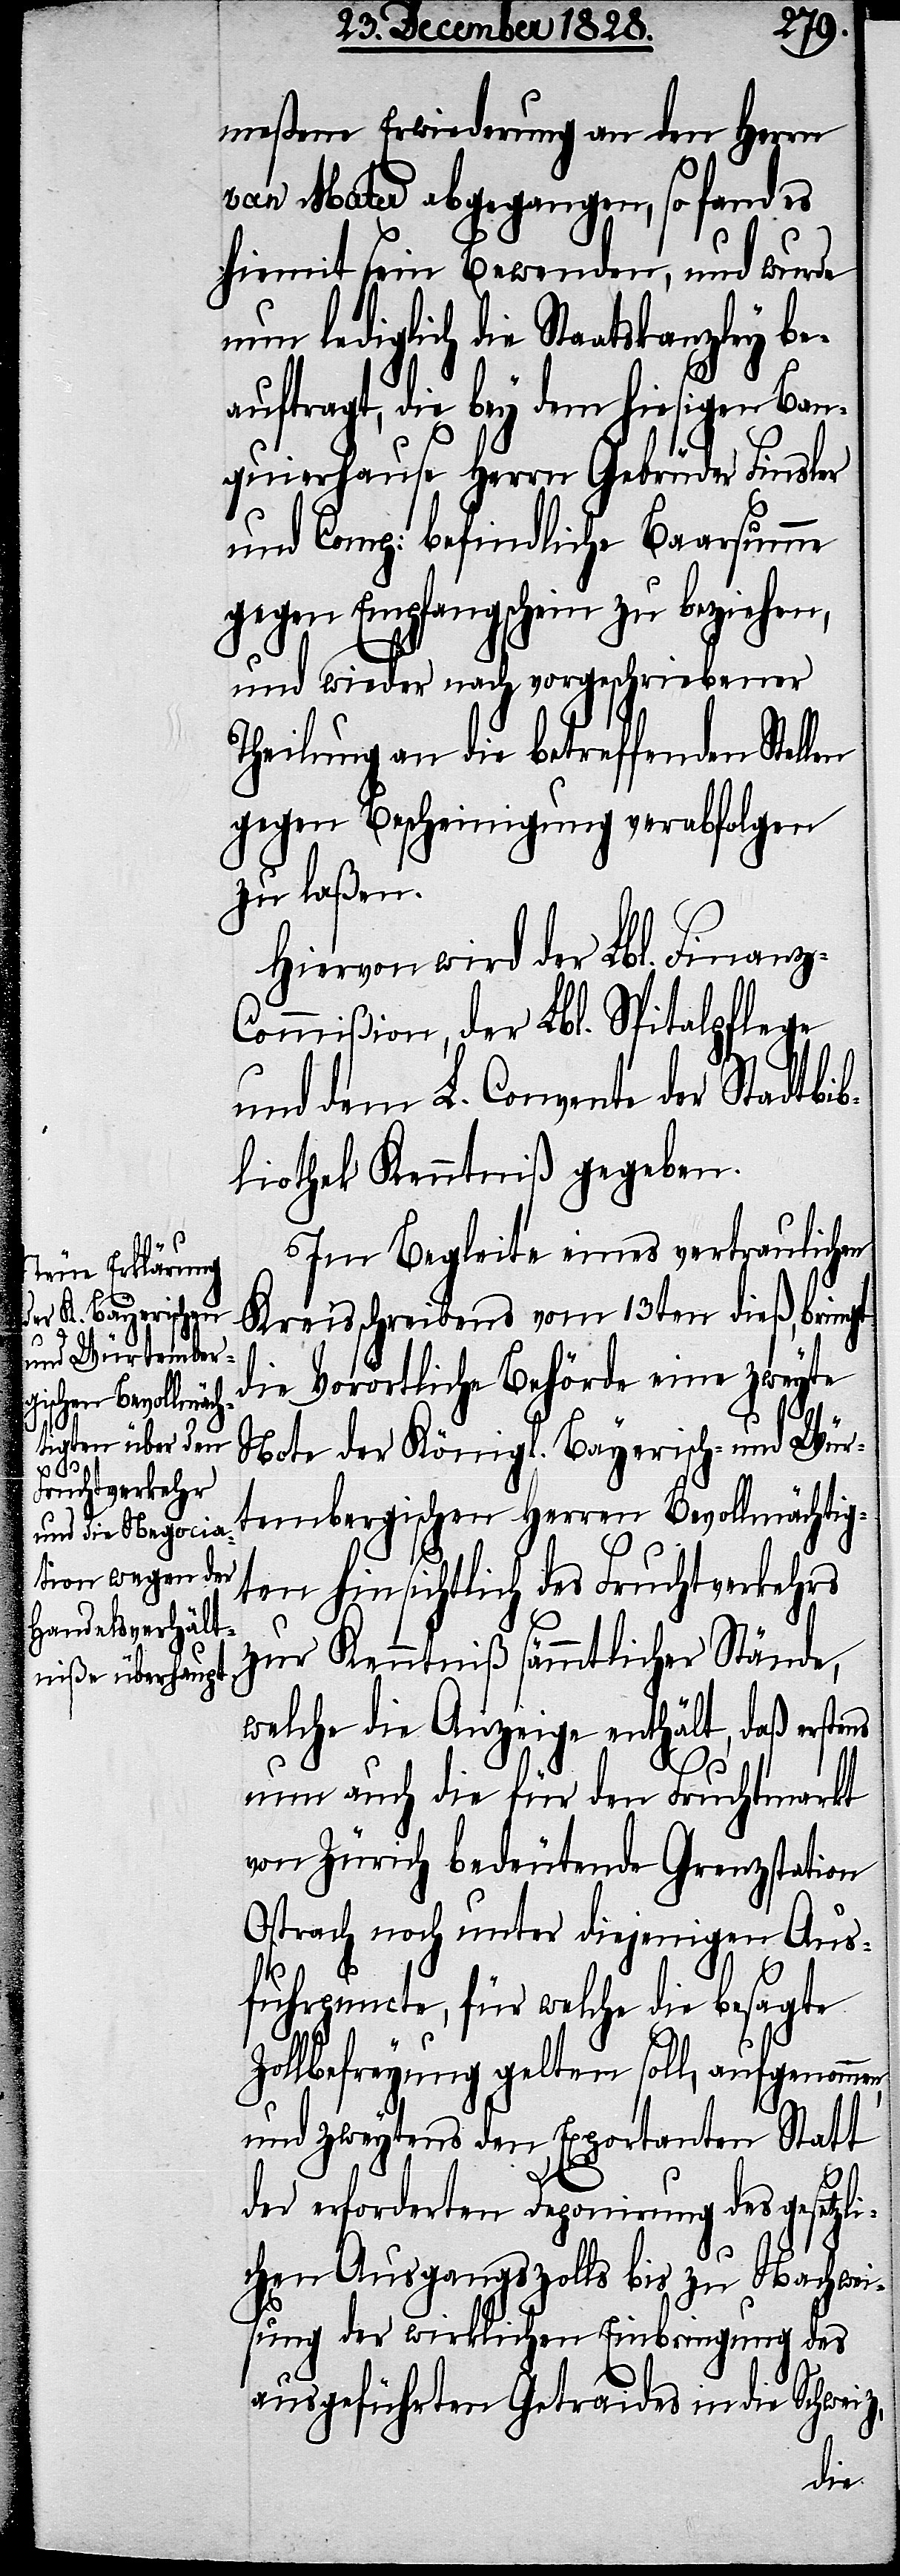
fuhrpuncte gelten

meßene Erwiederung an den Herrn
van Mater abgegangen, so fand es
hiemit sein Bewenden, und wurde
nun lediglich die Staatskanzley be¬
auftragt, die bey dem hiesigen Ban¬
quirhause Herrn Gebrüder Finsler
und Comp: befindliche Baarsumme
gegen Empfangschein zu beziehen,
und wieder nach vorgeschriebener
Theilung an die betreffenden Stel¬
gegen Bescheinigung verabfolgen
zu laßen.
Hiervon wird der Lbl. Finanz-C¬
ommißion, der Lbl. Spitalpflege
und dem L. Convente der Stadtbib¬
liothek Kenntniß gegeben.
Im Begleite eines vertraulichen
Kreisschreibens vom 13ten dieß, bringt
die Vorörtliche Behröde eine zweyte
Note der Königl. Bayerisch und Wür¬
tembergischen Herren Bevollmächtig¬
ten hinsichtlich des Fruchtverkehrs
zur Kenntniß sämmtlicher Stände,
welche die Anzeige enthält, daß erstens
nun auch die für den Fruchtmarkt
von Zürich bedeutende Grenzstation
Ostrach noch unter diejenigen Aus¬
z,
und zweytens den Exportanten Statt
len
der erforderten Deponierung des gesetzli¬
chen Ausgangszolls bis zu Nachwei¬
sung der wirklichen Einbringung des
ausgeführten Getraides in die Schwei¬